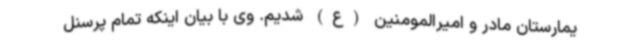
یمارستان مادر و امیرالمومنین (ع) شدیم. وی با بیان اینکه تمام پرسنل